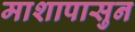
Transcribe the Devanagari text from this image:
माशापासुन